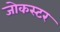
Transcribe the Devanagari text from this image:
जोकस्टर